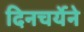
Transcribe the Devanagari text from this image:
दिनचर्येने